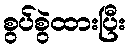
စွပ်စွဲထားပြီး